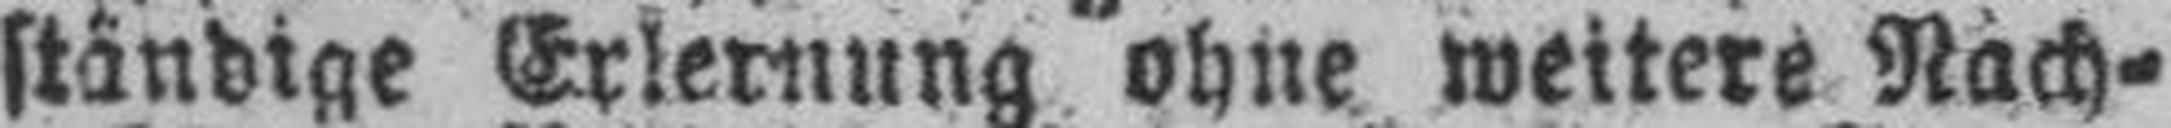
ständige Erlernung ohne weitere Nach¬